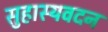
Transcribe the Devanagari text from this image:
सुहास्यवदन